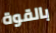
بالقوة